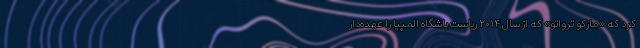
کرد که «مارکو ترُواتو» که از سال ۲۰۱۴ ریاست باشگاه المپیا را عهده‌دار